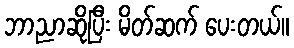
ဘာညာဆိုပြီး မိတ်ဆက် ပေးတယ်။